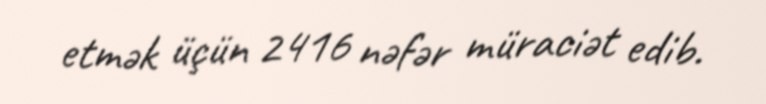
etmək üçün 2416 nəfər müraciət edib.